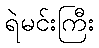
ရဲမင်းကြီး